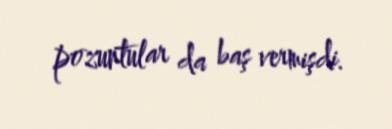
pozuntular da baş vermişdi.